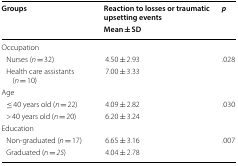
| <ROWSPAN=2> Groups | Reaction to losses or traumatic upsetting events | <ROWSPAN=2> p |
 | Mean ± SD |
 | --- | --- | --- |
 | <COLSPAN=3> Occupation |
 | Nurses (n = 32) | 4.50 ± 2.93 | <ROWSPAN=2> .028 |
 | Health care assistants (n = 10) | 7.00 ± 3.33 |
 | <COLSPAN=3> Age |
 | ≤ 40 years old (n = 22) | 4.09 ± 2.82 | <ROWSPAN=2> .030 |
 | > 40 years old (n = 20) | 6.20 ± 3.24 |
 | <COLSPAN=3> Education |
 | Non-graduated (n = 17) | 6.65 ± 3.16 | <ROWSPAN=2> .007 |
 | Graduated (n = 25) | 4.04 ± 2.78 |